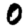
Digit: 0